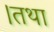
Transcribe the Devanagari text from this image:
।तथा